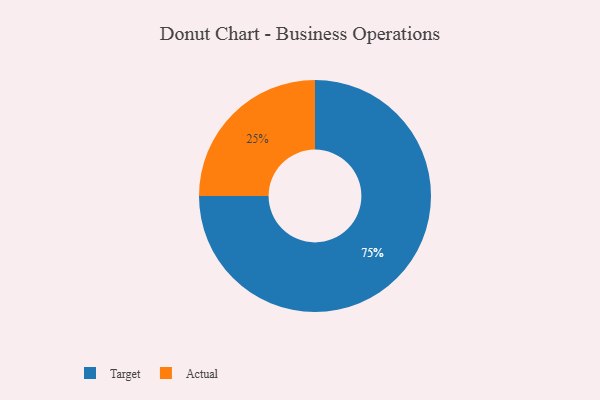
{"axis": {"x": "Category", "y": "Percentage"}, "legend": ["Actual", "Target"], "data": [{"x": "Target", "y": 75, "type": "Target"}, {"x": "Actual", "y": 25, "type": "Actual"}]}